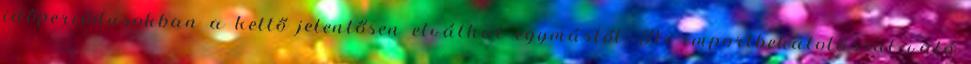
időperiódusokban a kettő jelentősen elválhat egymástól. Az importbehatolással való